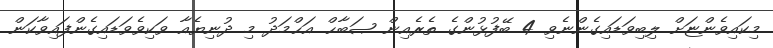
މިކައިވެންޏަށް ލިބިވަޑައިގެންނެވި 4 ބޭފުޅުންގެ ތެރެއިން ޞަބާޙް އަޙްމަދު މި ދުނިޔެއާ ވަކިވެވަޑައިގެންފައިވާކަން